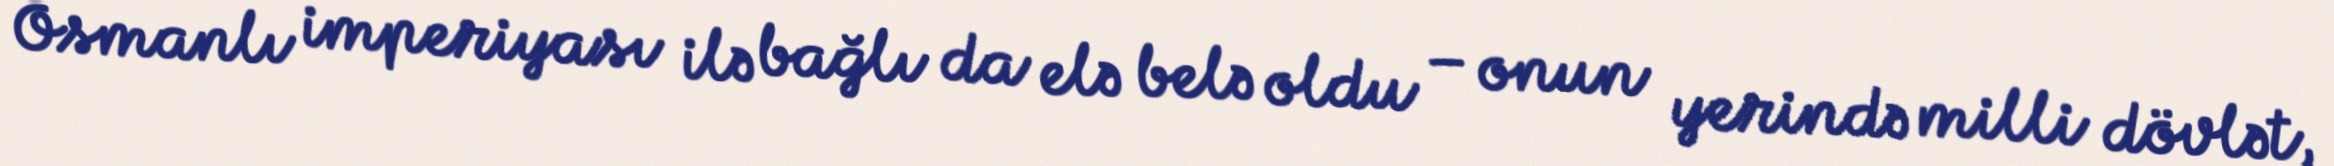
Osmanlı imperiyası ilə bağlı da elə belə oldu – onun yerində milli dövlət,